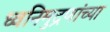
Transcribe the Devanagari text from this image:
ध्वनिमुद्रणांच्या